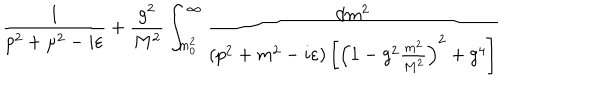
LaTeX: { \frac { 1 } { p ^ { 2 } + \mu ^ { 2 } - i \varepsilon } } + { \frac { g ^ { 2 } } { M ^ { 2 } } } \int _ { m _ { 0 } ^ { 2 } } ^ { \infty } { \frac { d m ^ { 2 } } { \left( p ^ { 2 } + m ^ { 2 } - i \varepsilon \right) \left[ \left( 1 - g ^ { 2 } { \frac { m ^ { 2 } } { M ^ { 2 } } } \right) ^ { 2 } + g ^ { 4 } \right] } }